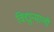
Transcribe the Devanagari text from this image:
विद्युन्माली